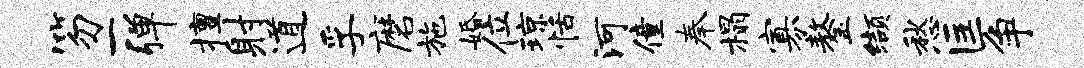
笏一弹擅射道孚磨施婚位琼恬河僮奉榻寡鏊缬愁匡争